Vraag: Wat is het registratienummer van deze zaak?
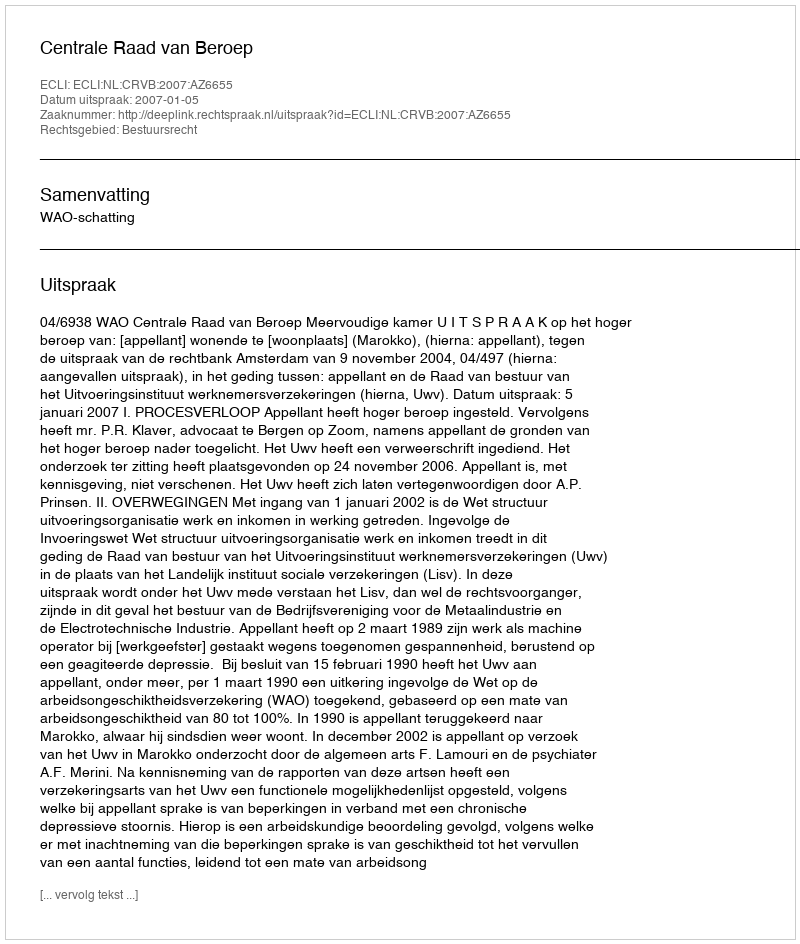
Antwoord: http://deeplink.rechtspraak.nl/uitspraak?id=ECLI:NL:CRVB:2007:AZ6655